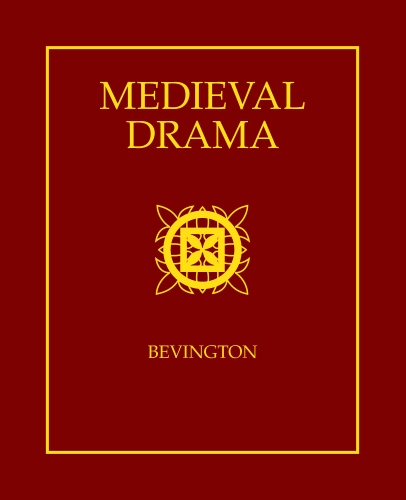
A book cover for Medieval Drama; Literature & Fiction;